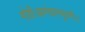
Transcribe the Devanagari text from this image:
मोठी।आनंदवनभुवनी।।